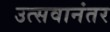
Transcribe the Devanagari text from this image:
उत्सवानंतर